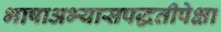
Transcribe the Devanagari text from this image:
भाषाअभ्यासपद्धतीपेक्षा